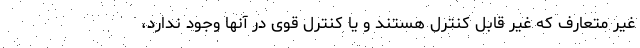
غیر متعارف که غیر قابل کنترل هستند و یا کنترل قوی در آنها وجود ندارد،